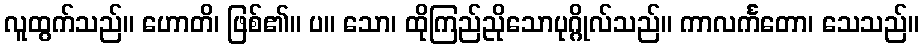
လူထွက်သည်။ ဟောတိ၊ ဖြစ်၏။ ပ။ သော၊ ထိုကြည်ညိုသောပုဂ္ဂိုလ်သည်။ ကာလင်္ကတော၊ သေသည်။